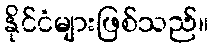
နိုင်ငံများဖြစ်သည်။